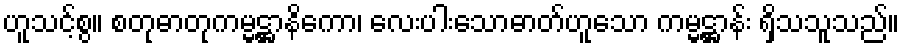
ဟူသင့်စွ။ စတုဓာတုကမ္မဋ္ဌာနိကော၊ လေးပါးသောဓာတ်ဟူသော ကမ္မဋ္ဌာန်း ရှိသသူသည်။